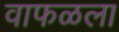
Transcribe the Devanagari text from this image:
वाफळला